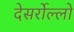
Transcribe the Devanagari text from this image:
देसर्रोल्लो